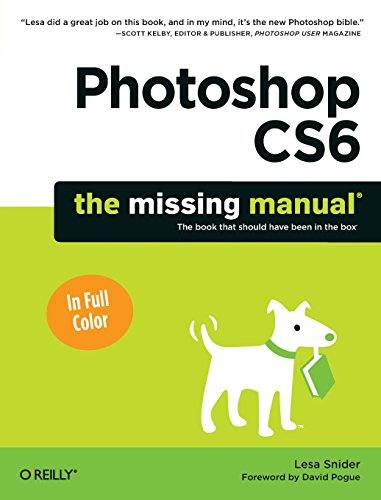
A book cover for Photoshop CS6: The Missing Manual; Lesa Snider; Computers & Technology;